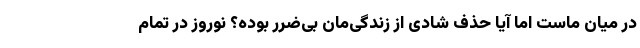
در میان ماست اما آیا حذف شادی از زندگی‌مان بی‌ضرر بوده؟ نوروز در تمام